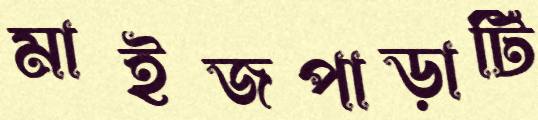
মাইজপাড়াটি